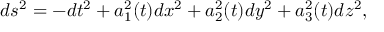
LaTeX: d s ^ { 2 } = - d t ^ { 2 } + a _ { 1 } ^ { 2 } ( t ) d x ^ { 2 } + a _ { 2 } ^ { 2 } ( t ) d y ^ { 2 } + a _ { 3 } ^ { 2 } ( t ) d z ^ { 2 } ,